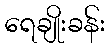
ရေချိုးခန်း